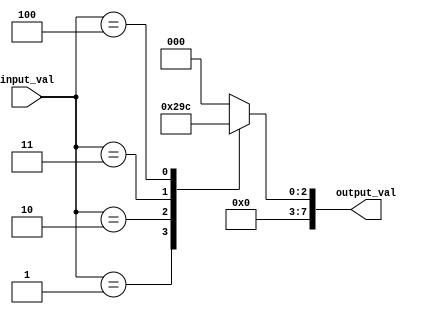
module generate_case (
    input [2:0] input_val,
    output reg [7:0] output_val
);

always @* begin
    case(input_val)
        3'b000: output_val = 8'b00000000;
        3'b001: output_val = 8'b00000001;
        3'b010: output_val = 8'b00000010;
        3'b011: output_val = 8'b00000011;
        3'b100: output_val = 8'b00000100;
        default: output_val = 8'b00000000;
    endcase
end

endmodule